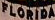
FLORIDA